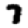
Digit: 7